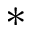
\ast